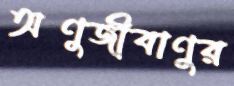
অণুজীবাণুর